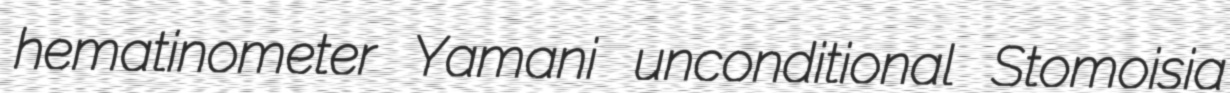
hematinometer Yamani unconditional Stomoisia